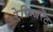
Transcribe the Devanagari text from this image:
रेफ्रिजरेंट